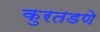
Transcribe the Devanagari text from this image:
कुरतडणे